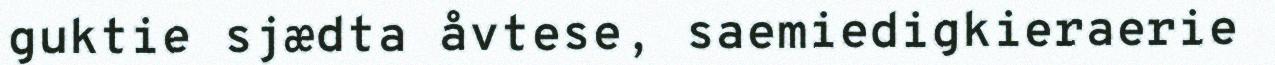
guktie sjædta åvtese, saemiedigkieraerie